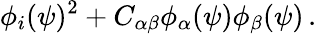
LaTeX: \phi_{i}(\psi)^{2}+C_{\alpha\beta}\phi_{\alpha}(\psi)\phi_{\beta}(\psi)\, .